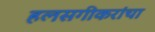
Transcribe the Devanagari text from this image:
हलसगीकरांचा